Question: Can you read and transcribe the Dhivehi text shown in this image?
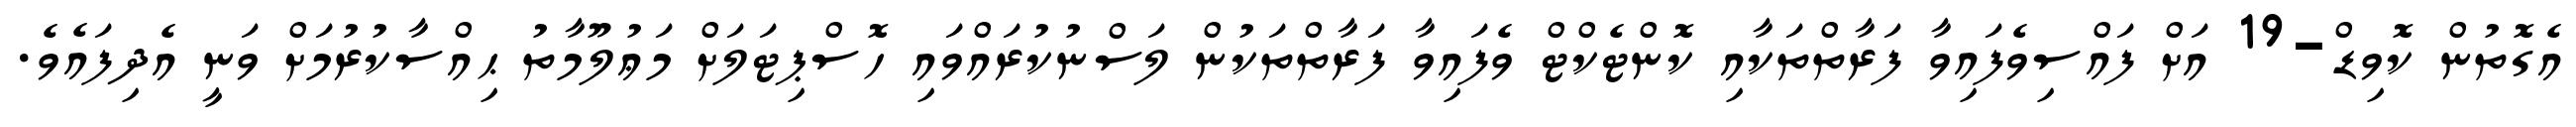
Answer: އެގޮތުން ކޮވިޑް-19 އަށް ފައްސިވެފައިވާ ފަރާތްތަކާއި ކޮންޓެކްޓް ވެފައިވާ ފަރާތްތަކުން ލަސްނުކުރައްވައި ހޮސްޕިޓަލަށް މަޢުލޫމާތު ޙިއްސާކުރުމަށް ވަނީ އެދިފައެވެ.